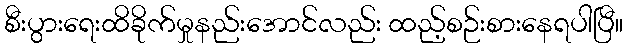
စီးပွားရေးထိခိုက်မှုနည်းအောင်လည်း ထည့်စဉ်းစားနေရပါပြီ။